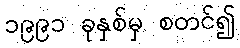
၁၉၉၁ ခုနှစ်မှ စတင်၍